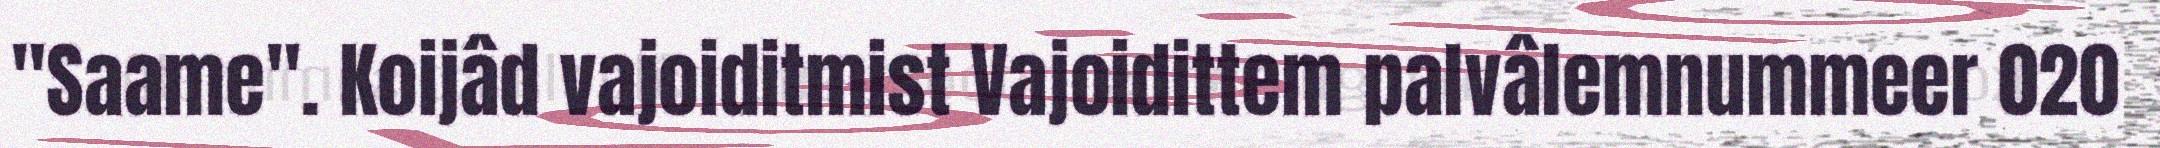
"Saame". Koijâd vajoiditmist Vajoidittem palvâlemnummeer 020